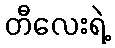
တီလေးရဲ့